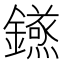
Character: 𮣝